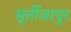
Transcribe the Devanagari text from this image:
मूर्तीजापूर